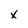
Character: x